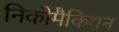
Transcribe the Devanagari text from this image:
निकोमैकियन